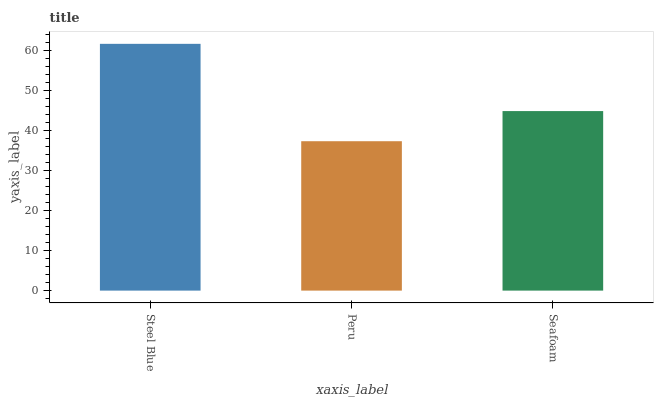
| xaxis_label | bars |
 | --- | --- |
 | Steel Blue | 61.7 |
 | Peru | 37.3 |
 | Seafoam | 44.9 |